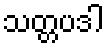
သတ္တပဒါ